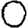
Digit: 0